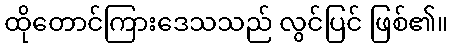
ထိုတောင်ကြားဒေသသည် လွင်ပြင် ဖြစ်၏။